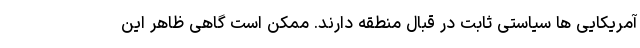
آمریکایی ها سیاستی ثابت در قبال منطقه دارند. ممکن است گاهی ظاهر این